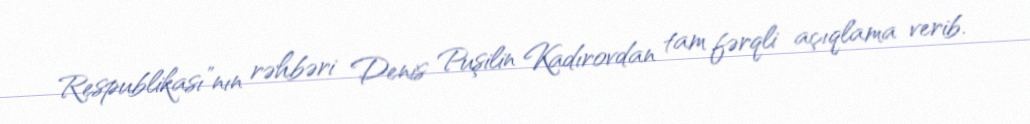
Respublikası”nın rəhbəri Denis Puşilin Kadırovdan tam fərqli açıqlama verib.